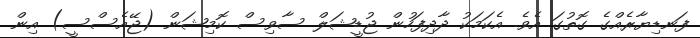
ފަނޑިޔާރެއްގެ ގޮތުގަ އެވެ. އެކަމަކު ދާދިފަހުން ޖުޑީޝަލް ސާވިސް ކޮމިޝަން (ޖޭއެސްސީ) އިން